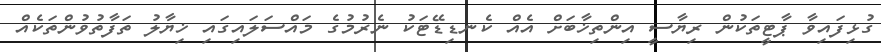
ގުޅިފައިވާ ޕާޓީތަކުން ރިޔާސީ އިންތިޚާބަށް އެއް ކެނޑިޑޭޓަކު ނެރުމުގެ މައްސަލައިގައި ޚިޔާލު ތަފާތުވުންތަކެއް